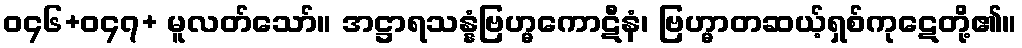
ဝ၄၆+ဝ၄၇+ မူလတ်သော်။ အဋ္ဌာရသန္နံဗြဟ္မကောဋီနံ၊ ဗြဟ္မာတဆယ့်ရှစ်ကုဋေတို့၏။